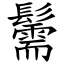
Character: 䰑